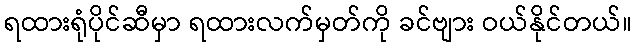
ရထားရုံပိုင်ဆီမှာ ရထားလက်မှတ်ကို ခင်ဗျား ဝယ်နိုင်တယ်။